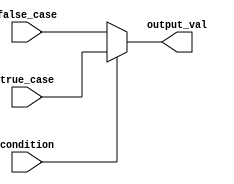
module conditional_assignment (
    input wire condition,        // Single-bit condition input
    input wire [7:0] true_case, // 8-bit value for the true case
    input wire [7:0] false_case, // 8-bit value for the false case
    output reg [7:0] output_val  // 8-bit output value
);

// Always block to handle the conditional assignment
always @(*) begin
    output_val = (condition) ? true_case : false_case; // Conditional assignment
end

endmodule